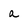
Character: a